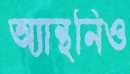
অ্যান্থনিও